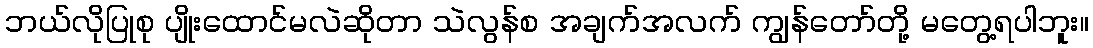
ဘယ်လိုပြုစု ပျိုးထောင်မလဲဆိုတာ သဲလွန်စ အချက်အလက် ကျွန်တော်တို့ မတွေ့ရပါဘူး။